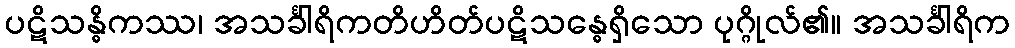
ပဋိသန္ဓိကဿ၊ အသင်္ခါရိကတိဟိတ်ပဋိသန္ဓေရှိသော ပုဂ္ဂိုလ်၏။ အသင်္ခါရိက